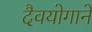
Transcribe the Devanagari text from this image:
दैवयोगाने